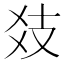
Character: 𢺽